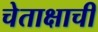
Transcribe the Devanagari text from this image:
चेताक्षाची